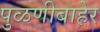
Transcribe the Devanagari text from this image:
पुळणीबाहेर